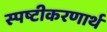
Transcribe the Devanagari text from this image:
स्पष्टीकरणार्थ